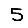
Digit: 5